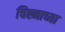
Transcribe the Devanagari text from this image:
चिह्नाच्या